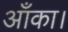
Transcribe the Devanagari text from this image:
आँका।